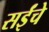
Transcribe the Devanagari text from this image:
सईंचे